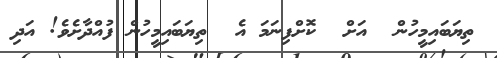
ތިޔަބައިމީހުން  އަށް  ކޮށްފިނަމަ އެ  ތިޔަބައިމީހުން ފުއްދާށެވެ! އަދި